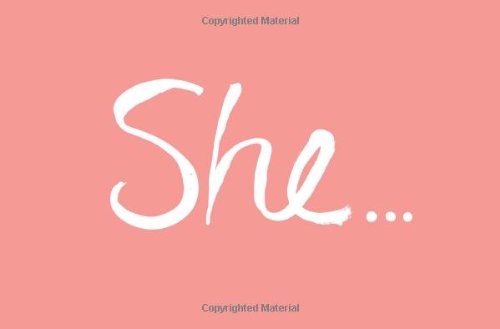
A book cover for She...; Kobi Yamada; Self-Help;